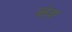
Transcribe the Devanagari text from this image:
फ्ऱेजर